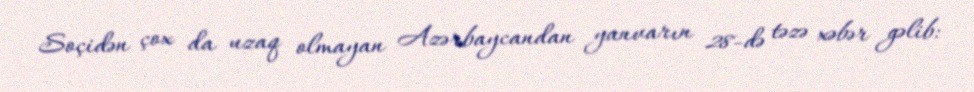
Soçidən çox da uzaq olmayan Azərbaycandan yanvarın 28-də təzə xəbər gəlib: